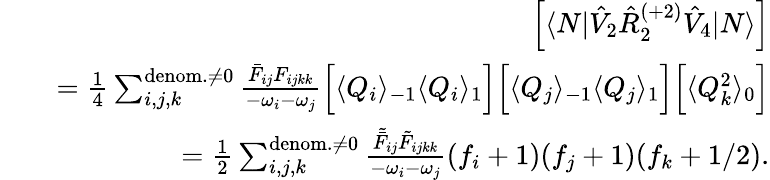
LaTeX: \begin{array}{rlr}&{}&{\left[\langle N|\hat{V}_{2}\hat{R}_{2}^{(+2)}\hat{V}_{4}|N\rangle\right]}\\ &{}&{=\frac{1}{4}\sum_{i,j,k}^{{\mathrm{denom.}\neq 0}}\frac{\bar{F}_{ij}{F}_{ijkk}}{-\omega_{i}-\omega_{j}}\Big[\langle Q_{i}\rangle_{-1}\langle Q_{i}\rangle_{1}\Big]\Big[\langle Q_{j}\rangle_{-1}\langle Q_{j}\rangle_{1}\Big]\Big[\langle Q_{k}^{2}\rangle_{0}\Big]}\\ &{}&{=\frac{1}{2}\sum_{i,j,k}^{{\mathrm{denom.}\neq 0}}\frac{\tilde{\bar{F}}_{ij}\tilde{{F}}_{ijkk}}{-\omega_{i}-\omega_{j}}(f_{i}+1)(f_{j}+1)(f_{k}+1/2).}\end{array}